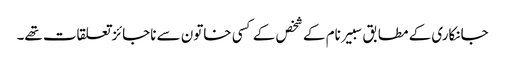
جانکاری کے مطابق سبیر نام کے شخص کے کسی خاتون سے ناجائزتعلقات تھے۔